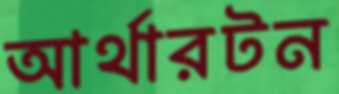
আর্থারটন